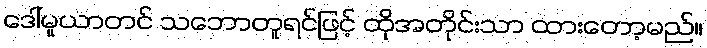
ဒေါ်မူယာတင် သဘောတူရင်ဖြင့် ထိုအတိုင်းသာ ထားတော့မည်။